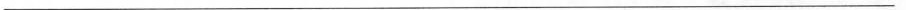
___